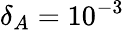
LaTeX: \delta_{A}=10^{-3}